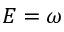
E = \omega